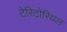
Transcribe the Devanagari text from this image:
टेरिटोरियल